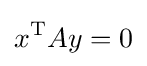
x^{\text{T}}Ay=0